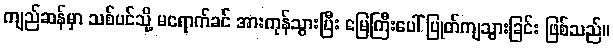
ကျည်ဆန်မှာ သစ်ပင်သို့ မရောက်ခင် အားကုန်သွားပြီး မြေကြီးပေါ် ပြုတ်ကျသွားခြင်း ဖြစ်သည်။